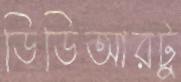
ডিডিআরটু